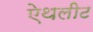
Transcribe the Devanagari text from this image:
ऐथलीट